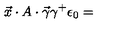
\vec { x } \cdot A \cdot \vec { \gamma } \gamma ^ { + } \epsilon _ { 0 } =